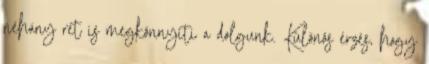
néhány rét is megkönnyíti a dolgunk. Különös érzés, hogy